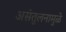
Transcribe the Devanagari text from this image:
असंतुलनामुळे